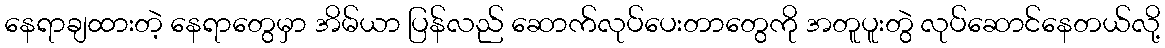
နေရာချထားတဲ့ နေရာတွေမှာ အိမ်ယာ ပြန်လည် ဆောက်လုပ်ပေးတာတွေကို အတူပူးတွဲ လုပ်ဆောင်နေတယ်လို့